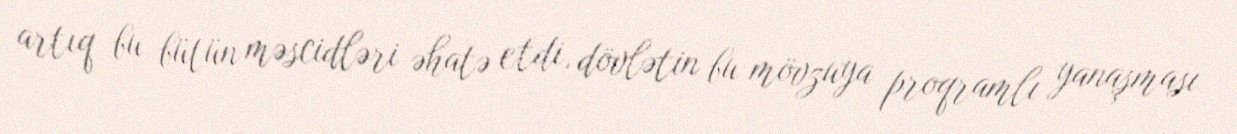
artıq bu bütün məscidləri əhatə etdi, dövlətin bu mövzuya proqramlı yanaşması